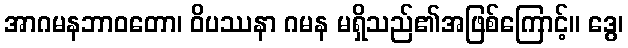
အာဂမနဘာဝတော၊ ဝိပဿနာ ဂမန မရှိသည်၏အဖြစ်ကြောင့်။ ဒွေ၊